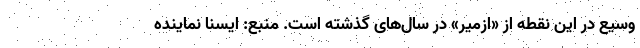
وسیع در این نقطه از «ازمیر» در سال‌های گذشته است. منبع: ایسنا نماینده